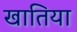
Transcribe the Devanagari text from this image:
खातिया